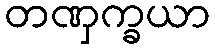
တဏှက္ခယာ